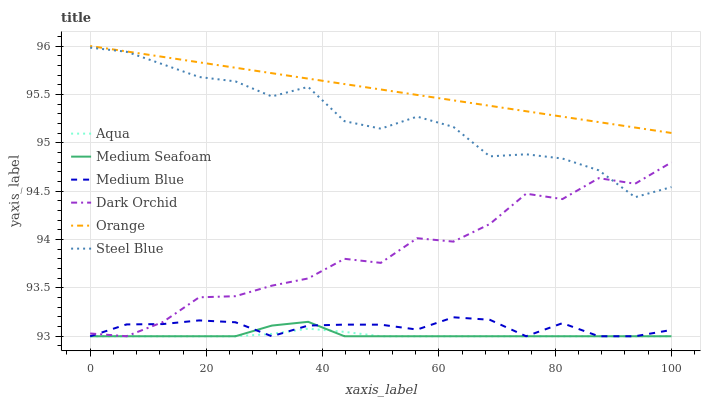
| xaxis_label | Aqua | Medium Seafoam | Medium Blue | Dark Orchid | Orange | Steel Blue |
 | --- | --- | --- | --- | --- | --- | --- |
 | 0 | 93 | 93 | 93 | 93 | 96 | 96 |
 | 6.25 | 93 | 93 | 93.1 | 93 | 95.9 | 95.9 |
 | 12.5 | 93 | 93 | 93.1 | 93.1 | 95.9 | 95.8 |
 | 18.8 | 93 | 93 | 93.2 | 93.4 | 95.8 | 95.7 |
 | 25 | 93 | 93 | 93.1 | 93.4 | 95.8 | 95.6 |
 | 31.2 | 93 | 93.1 | 93 | 93.5 | 95.7 | 95.5 |
 | 37.5 | 93.1 | 93.1 | 93.1 | 93.6 | 95.7 | 95.6 |
 | 43.8 | 93 | 93 | 93.1 | 93.8 | 95.6 | 95.2 |
 | 50 | 93 | 93 | 93.1 | 93.8 | 95.6 | 95.1 |
 | 56.2 | 93 | 93 | 93.1 | 94 | 95.5 | 95.3 |
 | 62.5 | 93 | 93 | 93.2 | 94 | 95.4 | 95.2 |
 | 68.8 | 93 | 93 | 93.2 | 94.2 | 95.4 | 94.9 |
 | 75 | 93 | 93 | 93 | 94.5 | 95.3 | 94.9 |
 | 81.2 | 93 | 93 | 93.1 | 94.4 | 95.3 | 94.8 |
 | 87.5 | 93 | 93 | 93 | 94.6 | 95.2 | 94.7 |
 | 93.8 | 93 | 93 | 93 | 94.6 | 95.2 | 94.4 |
 | 100 | 93 | 93 | 93.1 | 94.8 | 95.1 | 94.5 |